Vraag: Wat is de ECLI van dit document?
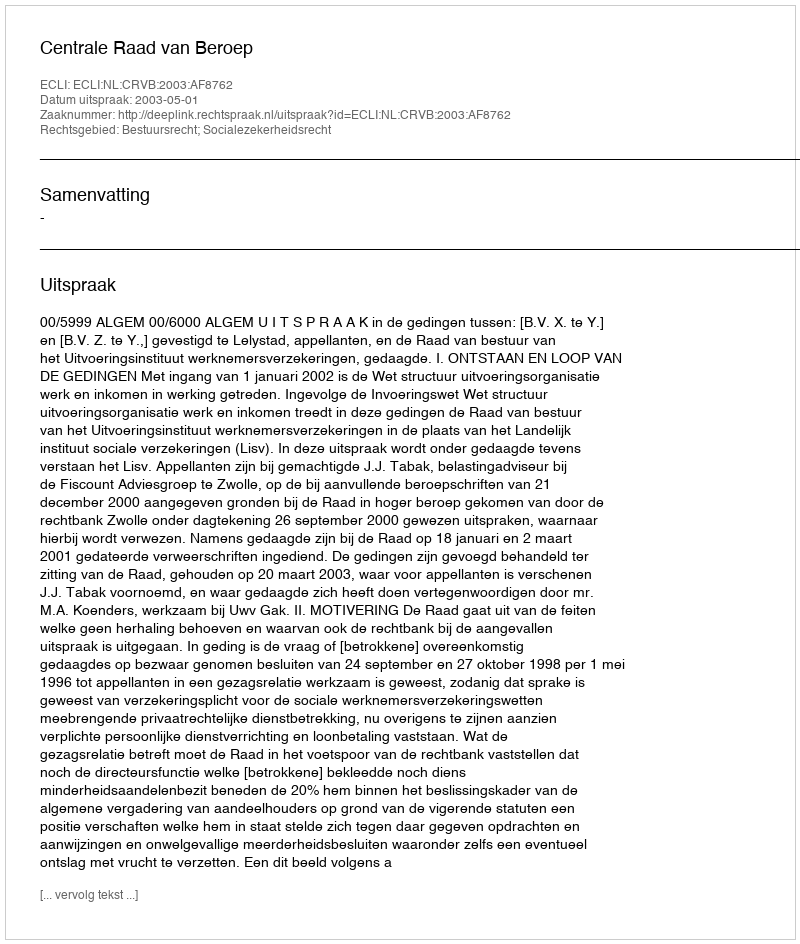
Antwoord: ECLI:NL:CRVB:2003:AF8762